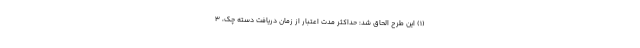
(۱) این طرح الحاق شد: حداکثر مدت اعتبار از زمان دریافت دسته چک، ۳